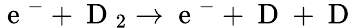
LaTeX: \mathrm{~e~}^{-}+\mathrm{~D~}_{2}\rightarrow\mathrm{~e~}^{-}+\mathrm{~D~}+\mathrm{~D~}